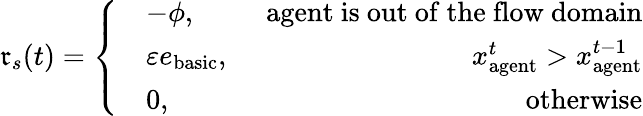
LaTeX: \mathfrak{r}_{s}(t)=\left\{ \begin{array}{rlr}&{-\phi,\ }&{\mathrm{agent~is~out~of~the~flow~domain}}\\ &{\varepsilon e_{\mathrm{basic}},\ }&{x_{\mathrm{agent}}^{t}>x_{\mathrm{agent}}^{t-1}}\\ &{0,\ }&{\mathrm{otherwise}}\end{array}\right.